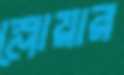
স্লোয়ার